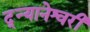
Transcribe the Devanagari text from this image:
द्न्यानेश्वरी